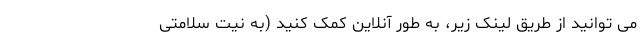
می توانید از طریق لینک زیر، به طور آنلاین کمک کنید (به نیت سلامتی